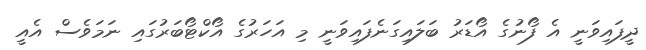
ދީފައިވަނީ އެ ފޯނުގެ އޯޑަރު ބަލައިގަނެފައިވަނީ މި އަހަރުގެ އޯކްޓޯބަރުގައި ނަމަވެސް އެއީ